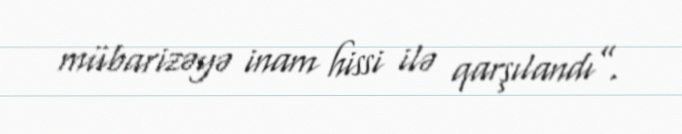
mübarizəyə inam hissi ilə qarşılandı”.